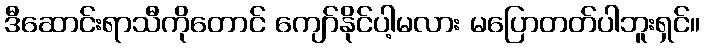
ဒီဆောင်းရာသီကိုတောင် ကျော်နိုင်ပါ့မလား မပြောတတ်ပါဘူးရှင်။